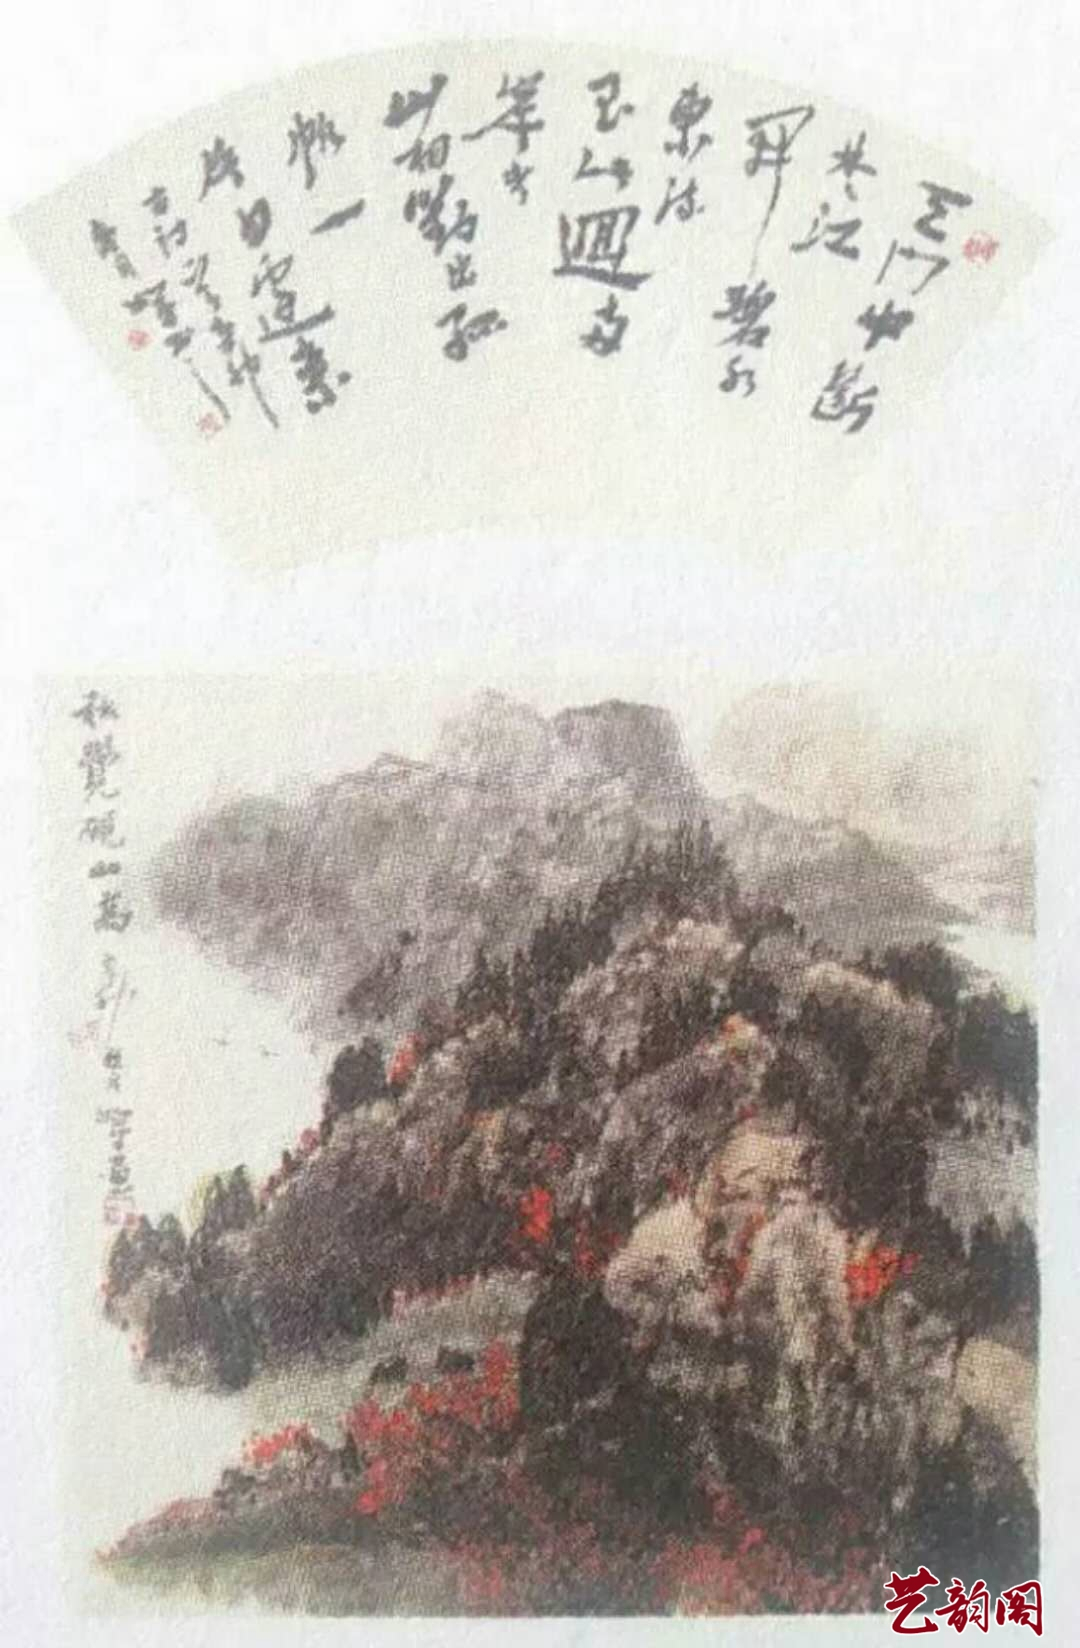
临官莫如平，临财莫如廉。